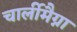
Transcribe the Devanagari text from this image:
चार्लीमैग्ना